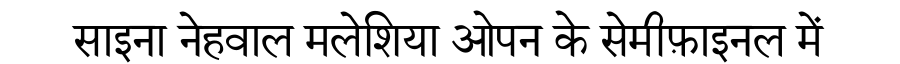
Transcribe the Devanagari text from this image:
साइना नेहवाल मलेशिया ओपन के सेमीफ़ाइनल में